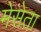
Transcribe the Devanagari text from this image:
मेसेता